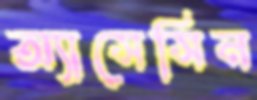
অ্যাসেসিন